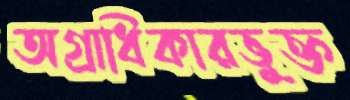
অগ্রাধিকারভুক্ত